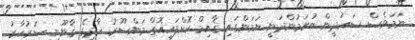
ނަމަވެސް ސަޢުދީން ބުނަމުންދަނީ ޔަމަންގައި ޤާއިމް ކޮށްފައިއޮތް މަންސޫރު ހާދީގެ ޤާނޫނީ ސަރުކާރު